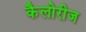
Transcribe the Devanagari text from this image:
कैलोरीज